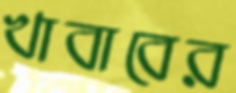
খাবাবের